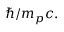
\hbar / m _ { p } c .